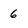
Character: 6